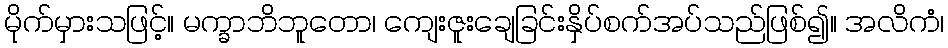
မိုက်မှားသဖြင့်။ မက္ခာဘိဘူတော၊ ကျေးဇူးချေခြင်းနှိပ်စက်အပ်သည်ဖြစ်၍။ အလိကံ၊